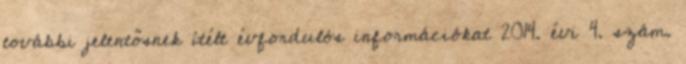
további jelentősnek ítélt évfordulós információkat 2014. évi 4. szám.